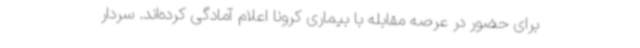
برای حضور در عرصه مقابله با بیماری کرونا اعلام آمادگی کرده‌اند. سردار